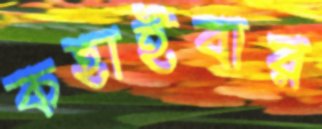
কহাইবার